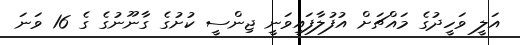
އަލީ ވަހީދުގެ މައްޗަށް އުފުލާފައިވަނީ ޖިންސީ ކުށުގެ ގާނޫނުގެ ގެ 16 ވަނަ